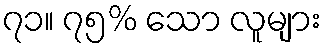
၇၁။ ၇၅% သော လူများ